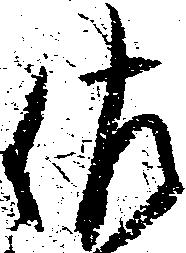
佐